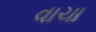
વાચા